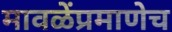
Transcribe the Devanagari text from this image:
मावळेंप्रमाणेच